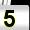
Digit: 5